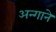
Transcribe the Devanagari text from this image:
अन्गाने